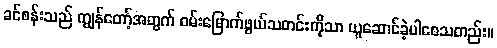
ခင်စန်းသည် ကျွန်တော့်အတွက် ဝမ်းမြောက်ဖွယ်သတင်းကိုသာ ယူဆောင်ခဲ့ပါစေသတည်း။